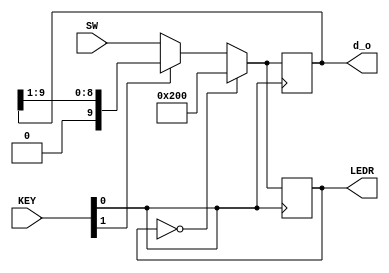

//=======================================================
//  This code is generated by Terasic System Builder
//=======================================================
//Moving LEDs along board
module lab4(

	//////////// KEY //////////
	input 		     [1:0]		KEY,

	//////////// LED //////////
	output	reg	     [9:0]		LEDR,

	//////////// SW //////////

	input 		     [9:0]		SW,
	
	output reg			[9:0] d_o
);
	// posedge, assign to key0, so then I can do always @posedge

//=======================================================
//  REG/WIRE declarations
//=======================================================

always @(posedge ~KEY[0]) begin
	if (LEDR == 10'b0000000000)
	d_o = 10'b1000000000;
	else if (~KEY[1])
	d_o = SW;
	else
	d_o = {1'b0, d_o[9:1]};
	
	LEDR <= d_o;
end
	

//=======================================================
//  Structural coding
//=======================================================

	// d can be zero or one, will depend on if the rightmost 


endmodule